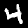
Label: 4